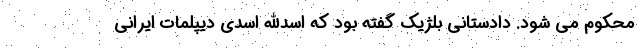
محکوم می شود. دادستانی بلژیک گفته بود که اسدالله اسدی دیپلمات ایرانی